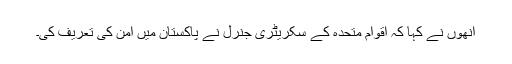
انھوں نے کہا کہ اقوام متحدہ کے سکریٹری جنرل نے پاکستان میں امن کی تعریف کی۔